Annual report of the Imperial Bacteriologist
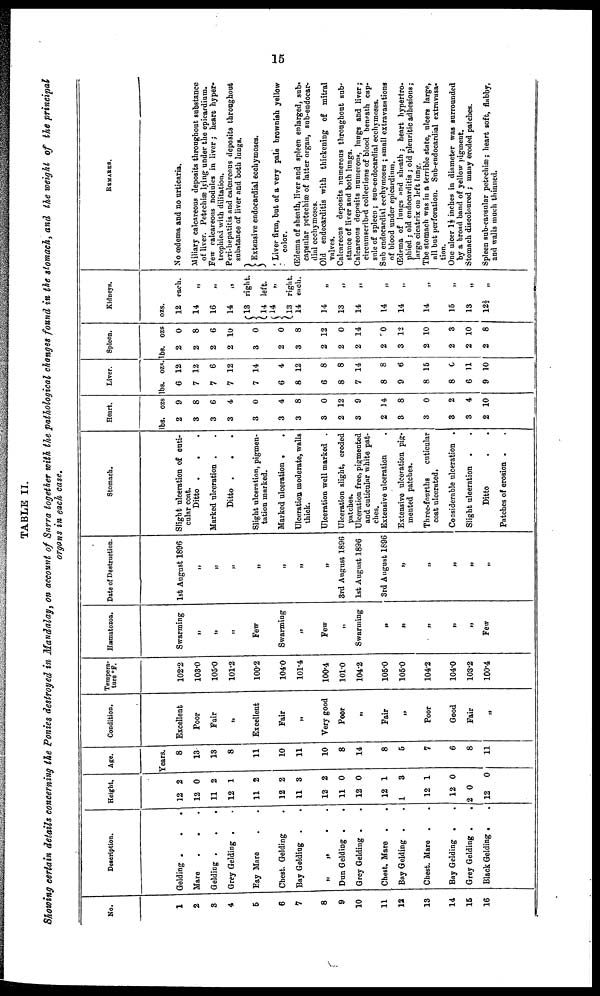
15
TABLE II.
Showing certain details concerning the Ponies destroyed in Mandalay, on account of Surra together with the pathological changes found in the stomach, and the weight of the principal
organs in each case.
No.
1
2
3
4
5
6
7
8
9
10
11
12
13
14
15
16
Description.
Gelding .
.
.
Mare
.
.
Gelding .
.
.
Grey Gelding . .
Bay Mare
Chest. Gelding .
Bay Gelding . .
„ „ . .
Dun Gelding . .
Grey Gelding . .
Chest. Mare . .
Bay Gelding . .
Chest. Mare .
Bay Gelding .
Grey Gelding .
.
Black Gelding . .
Height.
12 2
12 0
11 2
12 1
11 2
12 2
11 3
12 2
11 0
12 0
12 1
1
3
12 1
12 0
2 0
12
0
Age.
Years.
8
13
13
8
11
10
11
10
8
14
8
5
7
6
8
11
Condition.
Excellent
Poor
Fair
„
Excellent
Fair
„
Very good
Poor
„
Fair
„
Poor
Good
Fair
„
Tempera-
ture °F.
102.2
103.0
105.0
101.2
100.2
104.0
101.4
100.4
101.0
104.2
105.0
105.0
104.2
104.0
103.2
100.4
Hæmatozoa.
Swarming
„
„
„
Few
Swarming
„
Few
„
Swarming
„
„
„
„
„
Few
Date of Destruction.
1st August 1896
„
„
„
„
„
„
„
3rd August 1896
1st August 1896
3rd August 1896
„
„
„
„
„
Stomach.
Slight ulceration of cuti-
cular coat.
Ditto . . .
Marked ulceration .
Ditto . . .
Slight ulceration, pigmen-
tation marked.
Marked ulceration . .
Ulceration, moderate, walls
thick.
Ulceration well marked .
Ulceration slight, eroded
patches.
Ulceration free, pigmented
and cuticular white pat-
ches.
Extensive ulceration .
Extensive ulceration pig-
mented patches.
Three-fourths
cuticular
coat ulcerated.
Considerable ulceration .
Slight ulceration
.
Ditto
Patches of erosion .
Heart.
lbs.
2
3
3
3
3
3
3
3
2
3
2
3
3
3
3
2
ozs
9
8
6
4
0
4
8
0
12
9
14
8
0
2
4
10
Liver.
lbs.
6
7
7
7
7
6
8
6
8
7
8
9
8
8
6
9
ozs.
12
12
6
12
14
4
12
8
8
14
8
6
15
0
11
10
Spleen.
lbs.
2
2
2
2
3
2
3
2
2
2
2
3
2
2
2
2
ozs
0
8
6
10
0
0
8
12
0
14
0
12
10
3
10
8
Kidneys.
ozs.
12
14
16
14
{13
14
{14
13
14
14
13
14
14
14
14
15
13
12½
each.
„
„
„
right.
left.
„
right.
each.
„
„
„
„
„
„
„
„
„
REMARKS.
No œdema and no urticaria.
Miliary calcareous deposits throughout substance
of liver. Petechiæ lying under the epicardium.
Few calcareous nodules in liver; heart hyper-
trophied with dilitation.
Peri-hepatitis and calcareous deposits throughout
substance of liver and both lungs.
}
} Extensive endocardial ecchymoses.
Liver firm, but of a very pale brownish yellow
color.
Œdema of sheath, liver and spleen enlarged, sub-
capsular petechiæ of latter organ, sub-endocar-
dial ecchymoses.
Old endocarditis with thickening of mitral
valves.
Calcareous deposits numerous throughout sub-
stance of liver and both lungs.
Calcareous deposits numerous, lungs and liver;
circumscribed collections of blood beneath cap-
sule of spleen ; sub-endocardial ecchymoses.
Sub endocardial ecchymoses ; small extravasations
of blood under epicardium.
Œdema of lungs and sheath ; heart hypertro-
phied ; old endocarditis ; old pleuritic adhesions;
large cicatrix on left lung.
The stomach was in a terrible state, ulcers large,
all but perforation. Sub-endocardial extravasa-
tion.
One ulcer 1½ inches in diameter was surrounded
by a broad band of yellow pigment.
Stomach discoloured ; many eroded patches.
Spleen sub-capsular petechiæ; heart soft, flabby,
and walls much thinned.